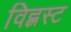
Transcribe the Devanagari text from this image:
विह्लस्ट